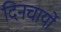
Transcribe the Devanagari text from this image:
दिनचार्यो